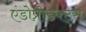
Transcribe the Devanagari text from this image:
एंडोप्रोडक्ट्स